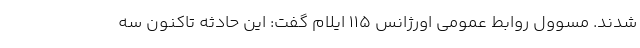
شدند. مسوول روابط عمومی اورژانس ۱۱۵ ایلام گفت: این حادثه تاکنون سه